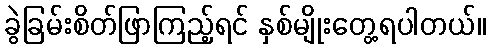
ခွဲခြမ်းစိတ်ဖြာကြည့်ရင် နှစ်မျိုးတွေ့ရပါတယ်။